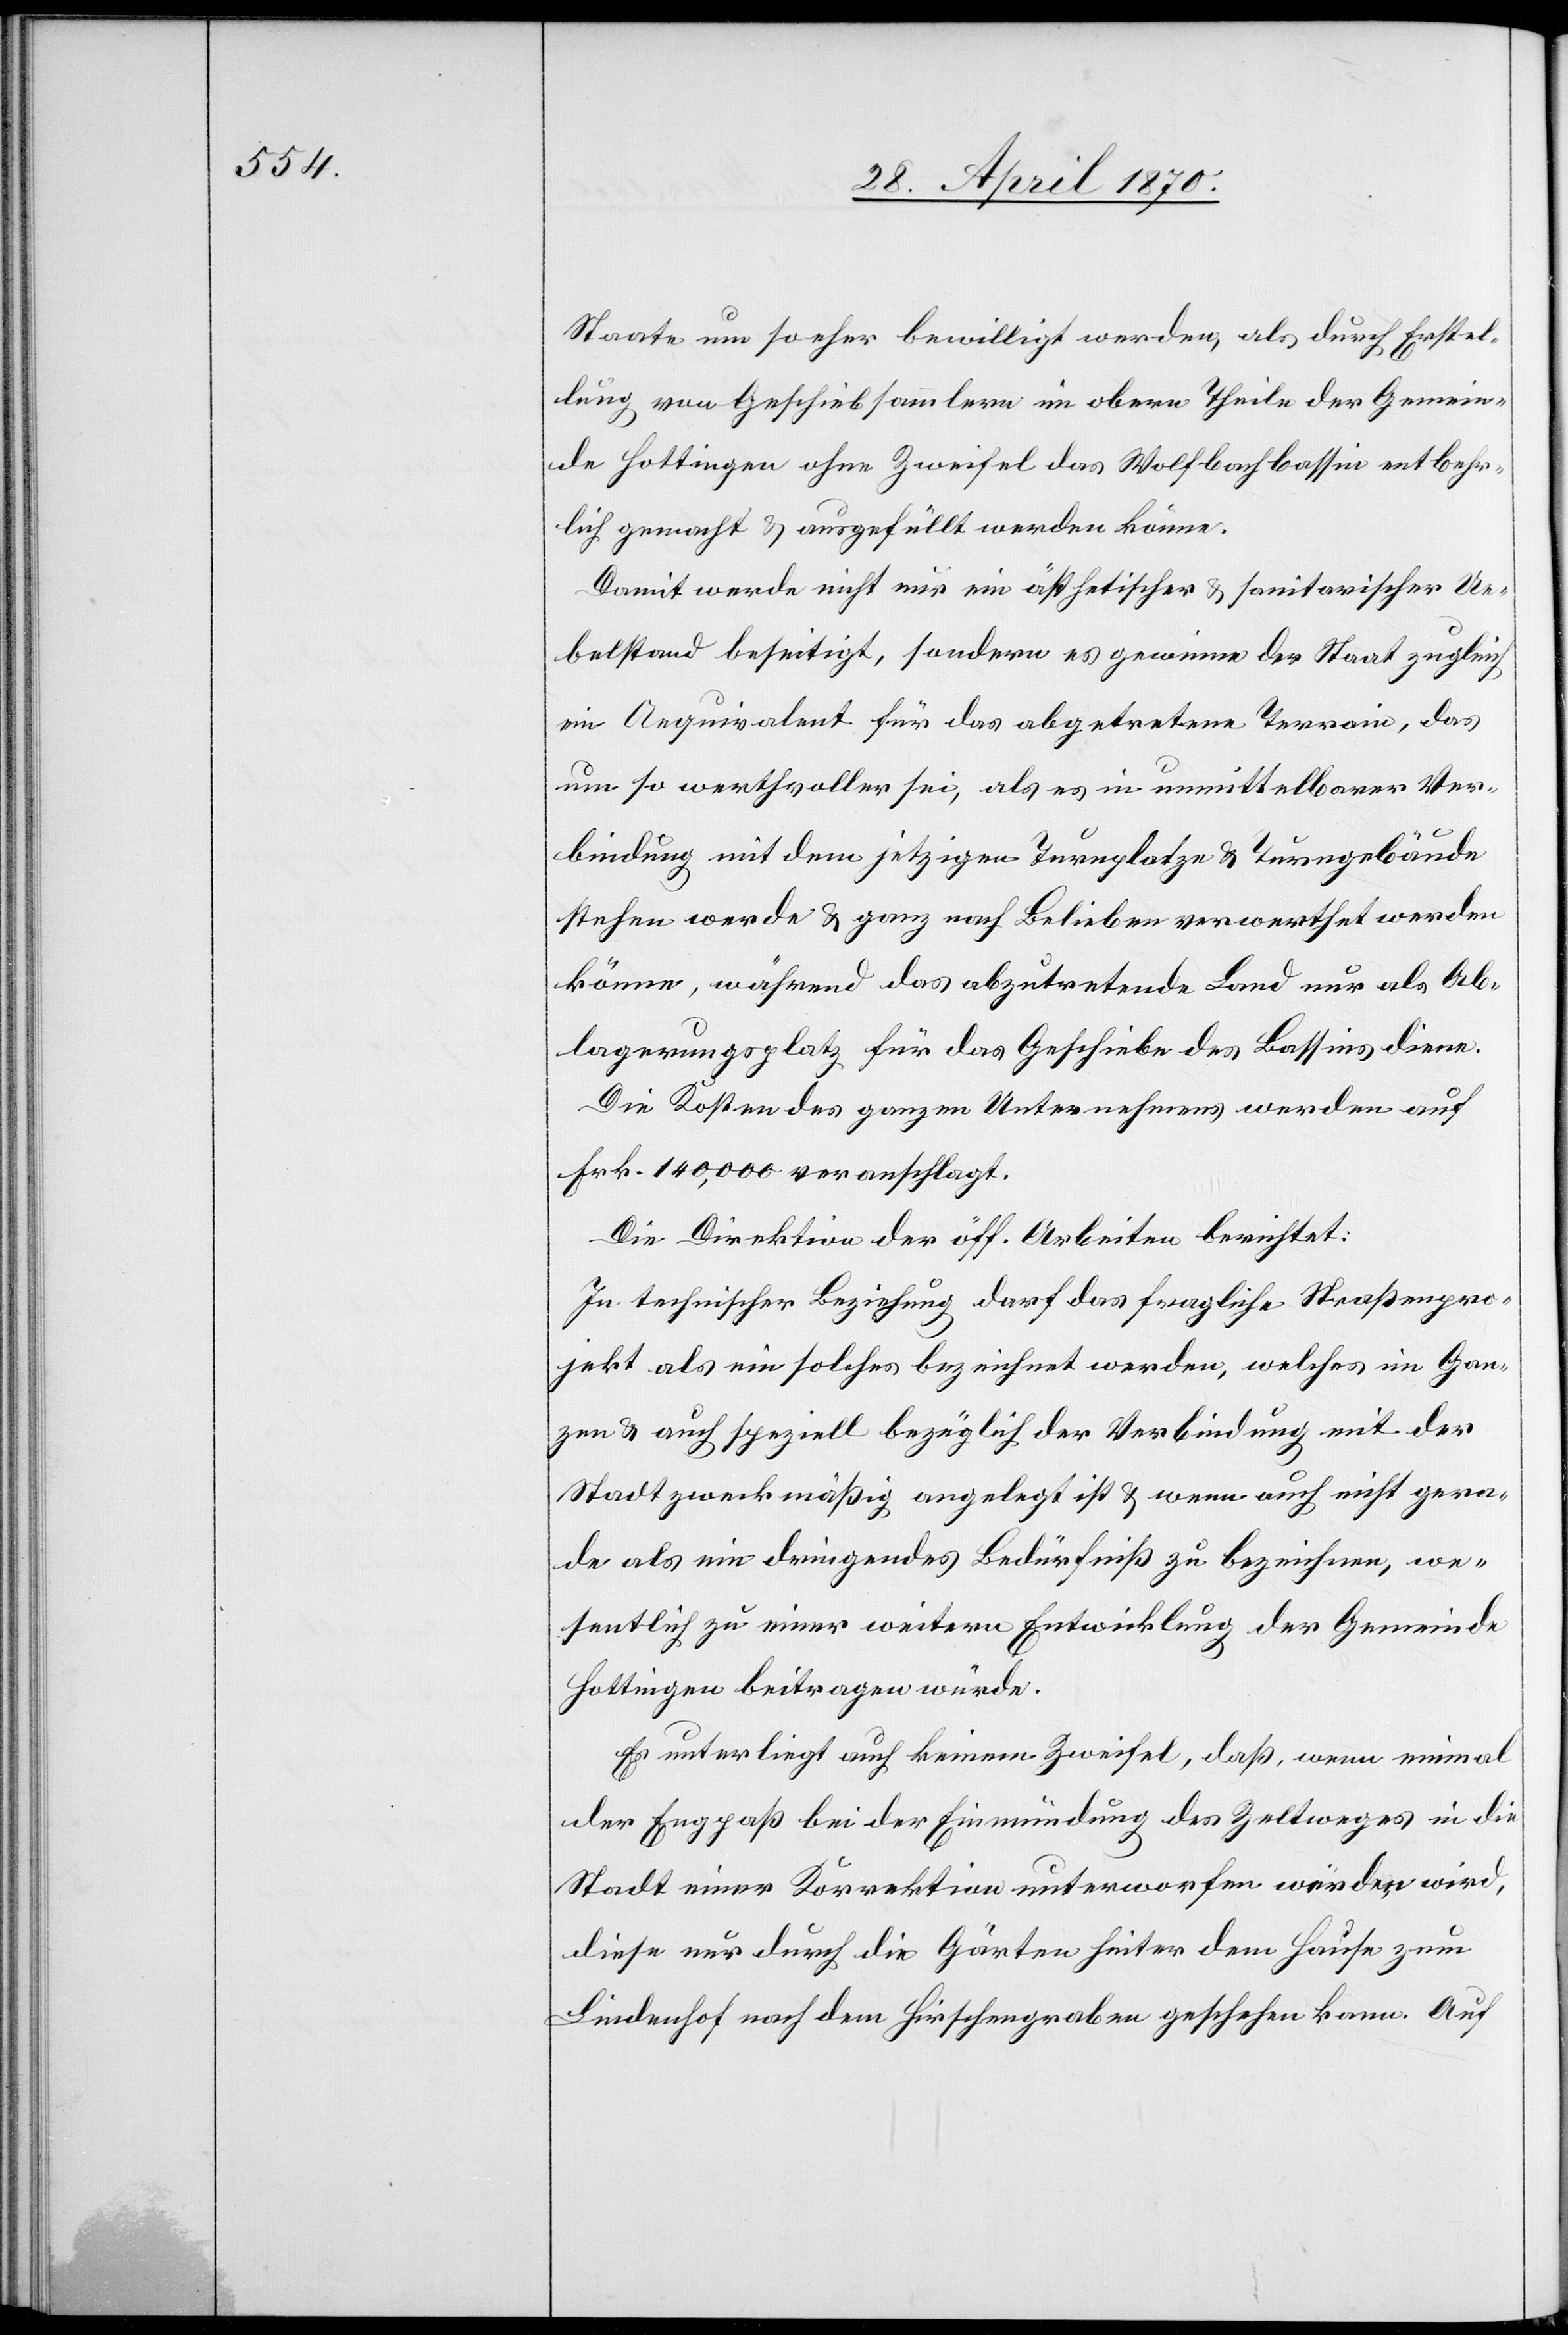
Staate um so eher bewilligt werden, als durch Erstel¬
lung von Geschiebsammlern im obern Theile der Gemein¬
de Hottingen ohne Zweifel das Wolfbachbassin entbehr¬
lich gemacht & ausgefüllt werden könne.
Damit werde nicht nur ein ästhetischer & sanitarischer Ue¬
belstand beseitigt, sondern es gewinne der Staat zugleich
ein Aequivalent für das abgetretene Terrain, das
um so werthvoller sei, als es in unmittelbarer Ver¬
bindung mit dem jetzigen Turnplatze & Turngebäude
stehen werde & ganz nach Belieben verwerthet werden
könne, während das abzutretende Land nur als Ab¬
lagerungsplatz für das Geschiebe des Bassins diene.
Die Kosten des ganzen Unternehmens werden auf
Frk. 140,000 veranschlagt.
Die Direktion der öff. Arbeiten berichtet:
In technischer Beziehung darf das fragliche Straßenpro¬
jekt als ein solches bezeichnet werden, welches im Gan¬
zen & auch speziell bezüglich der Verbindung mit der
Stadt zweckmäßig angelegt ist & wenn auch nicht gera¬
de als ein dringendes Bedürfniß zu bezeichnen, we¬
sentlich zu einer weitern Entwicklung der Gemeinde
Hottingen beitragen würde.
Es unterliegt auch keinem Zweifel, daß, wenn einmal
der Engpaß bei der Einmündung des Zeltweges in die
Stadt einer Korrektion unterworfen werden wird,
diese nur durch die Gärten hinter dem Hause zum
Lindenhof nach dem Hirschengraben geschehen kann. Auf